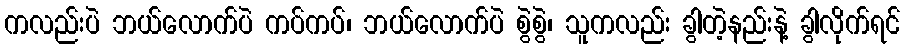
ကလည်းပဲ ဘယ်လောက်ပဲ ကပ်ကပ်၊ ဘယ်လောက်ပဲ စွဲစွဲ၊ သူကလည်း ခွါတဲ့နည်းနဲ့ ခွါလိုက်ရင်